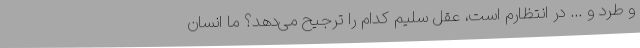
و طرد و ... در انتظارم است، عقل سلیم کدام را ترجیح می‌دهد؟ ما انسان